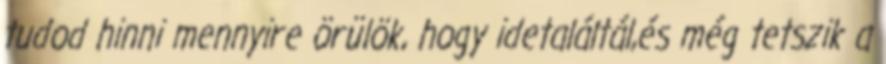
tudod hinni mennyire örülök, hogy idetaláltál,és még tetszik a